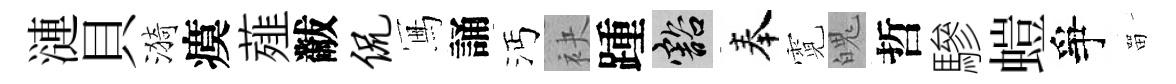
漣貝漪瘼薤黻侃冩誦沔袂踵豁奉霓魄哲驂螘爭㽞